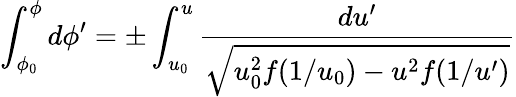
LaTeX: \int_{\phi_{0}}^{\phi}d\phi^{\prime}=\pm\int_{u_{0}}^{u}\frac{du^{\prime}}{\sqrt{u_{0}^{2}f(1/u_{0})-u^{2}f(1/u^{\prime})}}